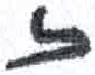
אות: ז